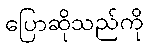
ပြောဆိုသည်ကို